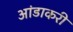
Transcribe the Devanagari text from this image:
आंडाकरी